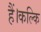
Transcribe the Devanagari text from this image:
हैं।कल्कि